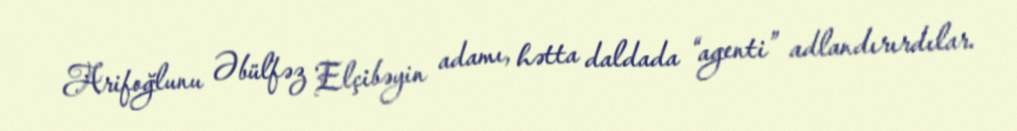
Arifoğlunu Əbülfəz Elçibəyin adamı, hətta daldada “agenti” adlandırırdılar.